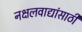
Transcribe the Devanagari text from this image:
नक्षलवाद्यांसाठी